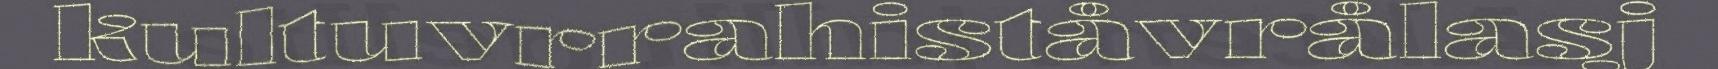
kultuvrrahiståvrålasj